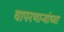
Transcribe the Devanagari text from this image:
वापरणाऱ्यांच्या